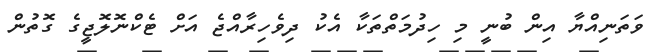
ވަތަނިއްޔާ އިން ބުނީ މި ހިދުމަތްތަކާ އެކު ދިވެހިރާއްޖެ އަށް ޓެކްނޮލޮޖީގެ ގޮތުން